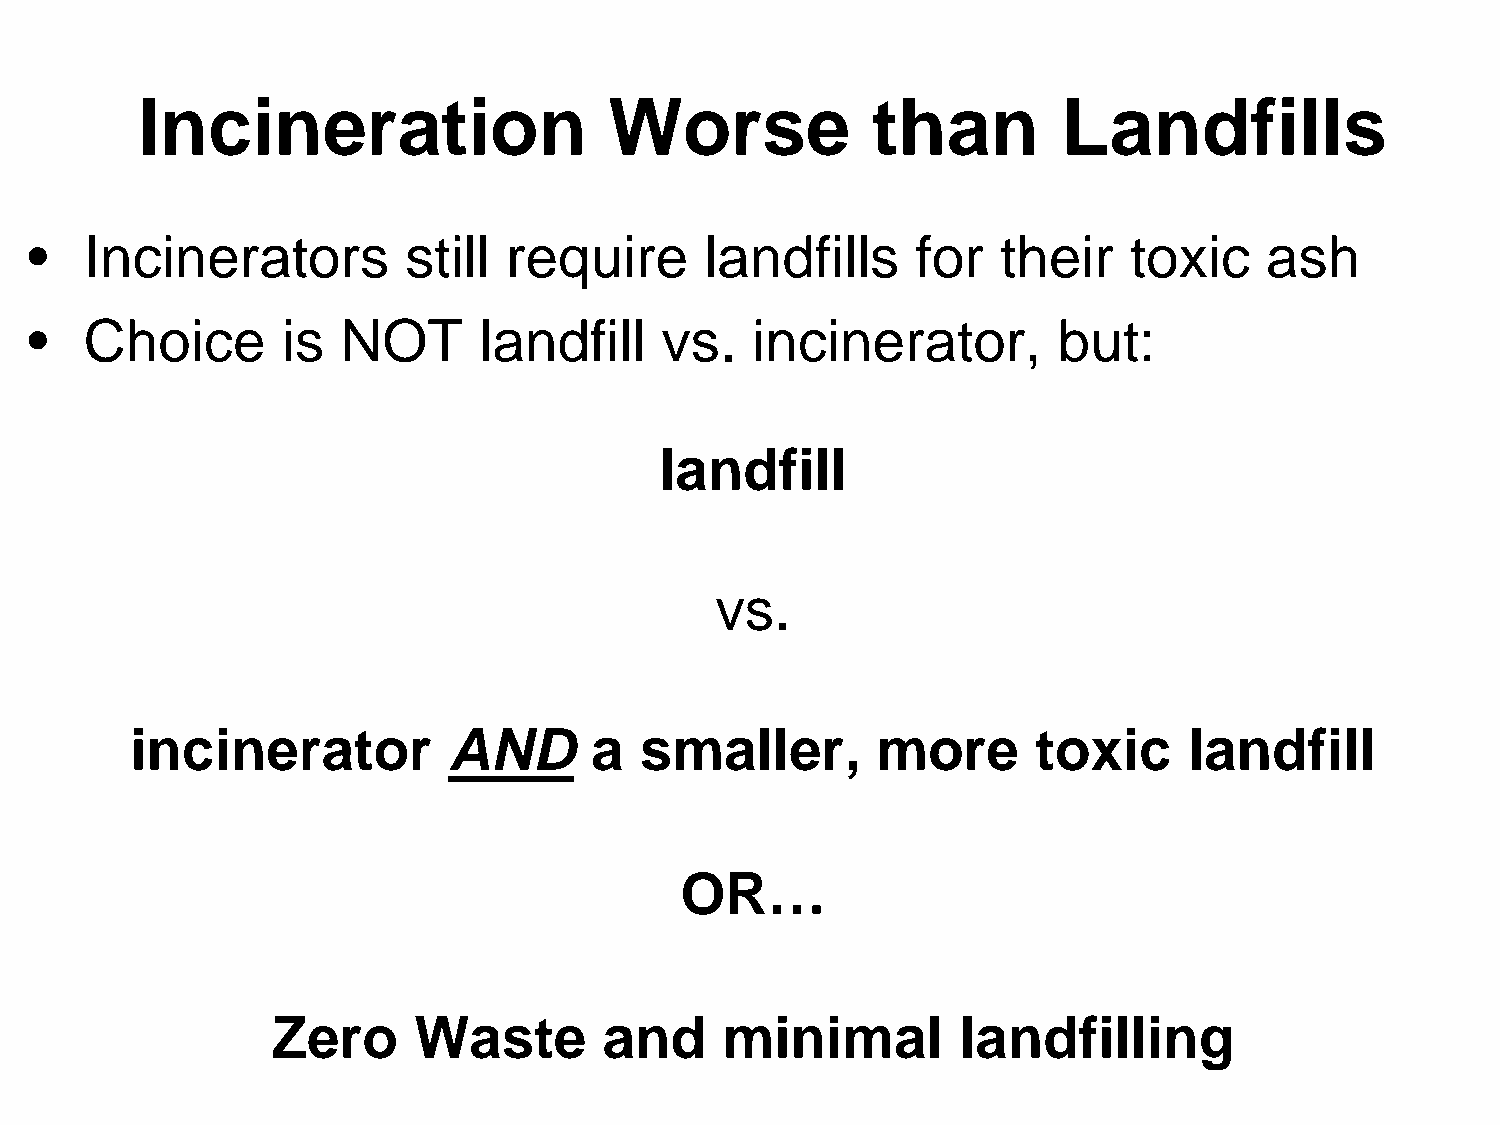
Incineration                   Worse             than        Landfills
 •   Incinerators         still  require      landfills     for  their    toxic    ash
 •   Choice       is  NOT      landfill    vs.   incinerator,        but:
 landfill
 vs.
 incinerator          AND      a  smaller,        more       toxic     landfill
 OR…
 Zero     Waste        and     minimal        landfilling